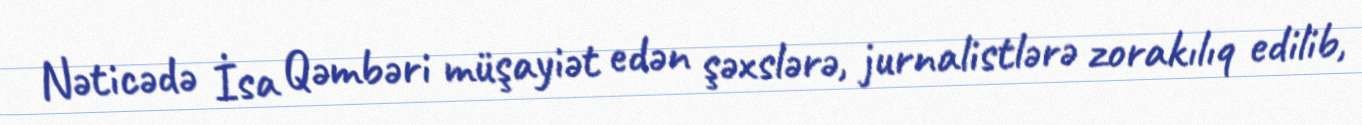
Nəticədə İsa Qəmbəri müşayiət edən şəxslərə, jurnalistlərə zorakılıq edilib,